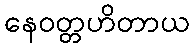
နေဝတ္တဟိတာယ